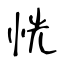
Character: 恍